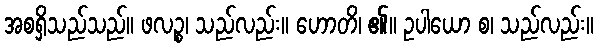
အစရှိသည်သည်။ ဖလဉ္စ၊ သည်လည်း။ ဟောတိ၊ ၏။ ဥပါယော စ၊ သည်လည်း။